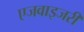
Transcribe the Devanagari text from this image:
एजवाइजरी